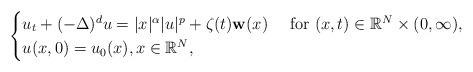
LaTeX: \begin{align*}\begin{cases}u_t+(-\Delta)^{d}u=|x|^{\alpha}|u|^{p}+\zeta(t){\mathbf w}(x) \ \quad\mbox{for } (x,t)\in\mathbb{R}^{N}\times(0,\infty),\\u(x,0)=u_0(x),x\in \mathbb{R}^{N},\end{cases}\end{align*}